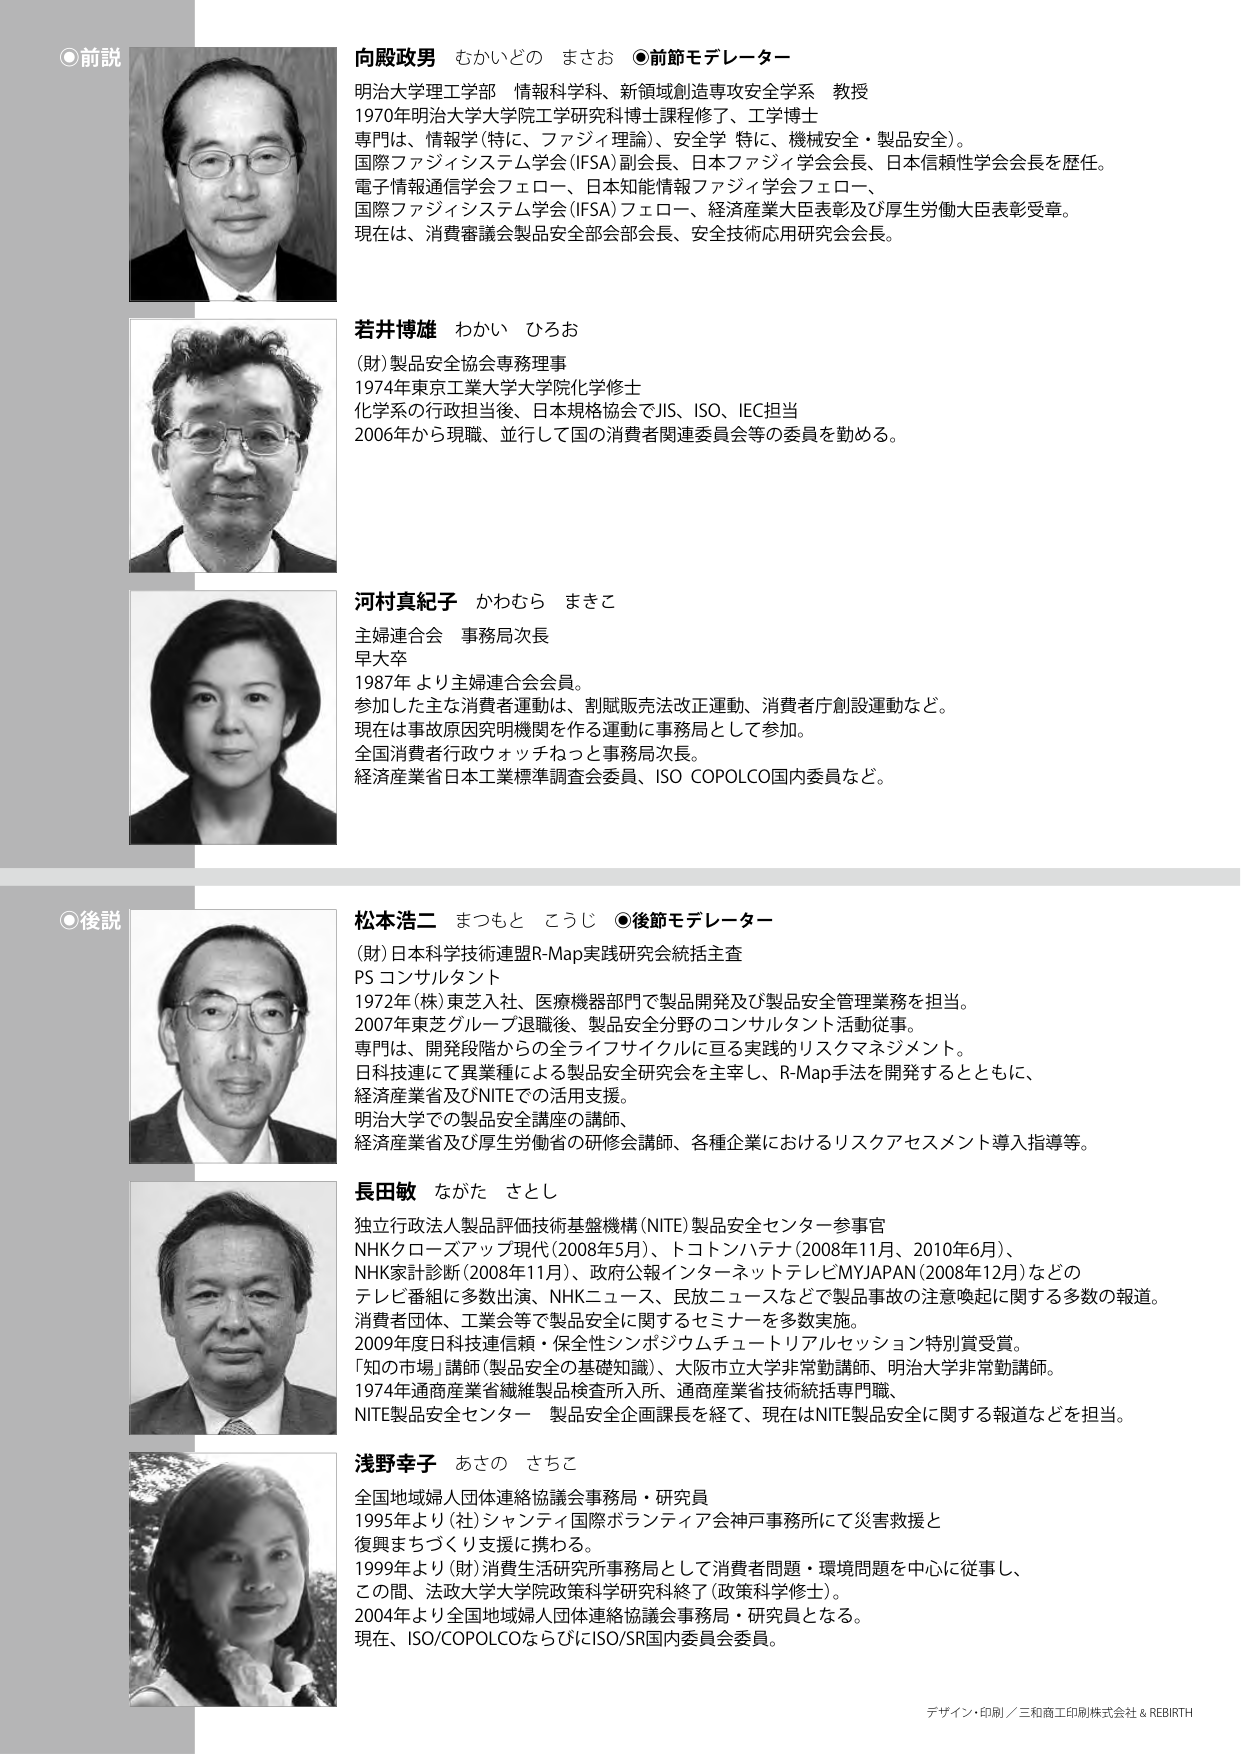
●前説

向殿政男 むかいどの まさお ●前節モデレーター
明治大学理工学部 情報科学科、新領域創造専攻安全学系 教授
1970年明治大学大学院工学研究科博士課程修了、工学博士
専門は、情報学（特に、ファジィ理論）、安全学 特に、機械安全・製品安全）。
国際ファジィシステム学会（IFSA）副会長、日本ファジィ学会会長、日本信頼性学会会長を歴任。
電子情報通信学会フェロー、日本知能情報ファジィ学会フェロー、
国際ファジィシステム学会（IFSA）フェロー、経済産業大臣表彰及び厚生労働大臣表彰受章。
現在は、消費審議会製品安全部会部会長、安全技術応用研究会会長。

若井博雄 わかい ひろお
（財）製品安全協会専務理事
1974年東京工業大学大学院化学修士
化学系の行政担当後、日本規格協会でJIS、ISO、IEC担当
2006年から現職、並行して国の消費者関連委員会等の委員を勤める。

河村真紀子 かわむら まきこ
主婦連合会 事務局次長
早大卒
1987年より主婦連合会会員。
参加した主な消費者運動は、割賦販売法改正運動、消費者庁創設運動など。
現在は事故原因究明機関を作る運動に事務局として参加。
全国消費者行政ウォッチねっと事務局次長。
経済産業省日本工業標準調査会委員、ISO COPOLCO国内委員など。

●後説

松本浩二 まつもと こうじ ●後節モデレーター
（財）日本科学技術連盟R-Map実践研究会統括主査
PS コンサルタント
1972年（株）東芝入社、医療機器部門で製品開発及び製品安全管理業務を担当。
2007年東芝グループ退職後、製品安全分野のコンサルタント活動従事。
専門は、開発段階からの全ライフサイクルに亘る実践的リスクマネジメント。
日科技連にて異業種による製品安全研究会を主宰し、R-Map手法を開発するとともに、
経済産業省及びNITEでの活用支援。
明治大学での製品安全講座の講師、
経済産業省及び厚生労働省の研修会講師、各種企業におけるリスクアセスメント導入指導等。

長田敏 ながた さとし
独立行政法人製品評価技術基盤機構（NITE）製品安全センター参事官
NHKクローズアップ現代（2008年5月）、トコトンハテナ（2008年11月、2010年6月）、
NHK家計診断（2008年11月）、政府公報インターネットテレビMYJAPAN（2008年12月）などの
テレビ番組に多数出演、NHKニュース、民放ニュースなどで製品事故の注意喚起に関する多数の報道。
消費者団体、工業会等で製品安全に関するセミナーを多数実施。
2009年度日科技連信頼・保全性シンポジウムチュートリアルセッション特別賞受賞。
「知の市場」講師（製品安全の基礎知識）、大阪市立大学非常勤講師、明治大学非常勤講師。
1974年通商産業省繊維製品検査所入所、通商産業省技術統括専門職、
NITE製品安全センター 製品安全企画課長を経て、現在はNITE製品安全に関する報道などを担当。

浅野幸子 あさの さちこ
全国地域婦人団体連絡協議会事務局・研究員
1995年より（社）シャンティ国際ボランティア会神戸事務所にて災害救援と
復興まちづくり支援に携わる。
1999年より（財）消費生活研究所事務局として消費者問題・環境問題を中心に従事し、
この間、法政大学大学院政策科学研究科終了（政策科学修士）。
2004年より全国地域婦人団体連絡協議会事務局・研究員となる。
現在、ISO/COPOLCOならびにISO/SR国内委員会委員。

デザイン・印刷／三和商工印刷株式会社 & REBIRTH